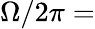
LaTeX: \Omega/2\pi=